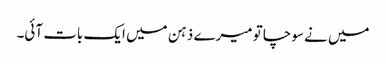
میں نے سوچا تو میرے ذہن میں ایک بات آئی۔